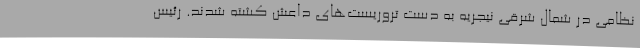
نظامی در شمال شرقی نیجریه به دست تروریست‌های داعش کشته شدند. رئیس